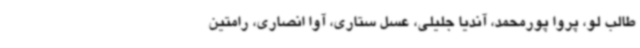
طالب لو، پروا پورمحمد، آندیا جلیلی، عسل ستاری، آوا انصاری، رامتین